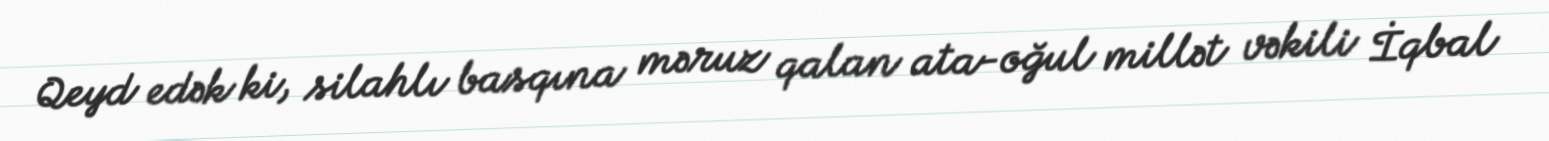
Qeyd edək ki, silahlı basqına məruz qalan ata-oğul millət vəkili İqbal